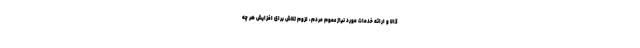
کالا و ارائه خدمات مورد نیاز عموم مردم، لزوم تلاش برای افزایش هر چه